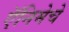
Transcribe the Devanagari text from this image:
ऍनिमेचे